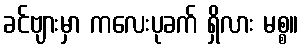
ခင်ဗျားမှာ ကလေးပုခက် ရှိလား မစ္စ။